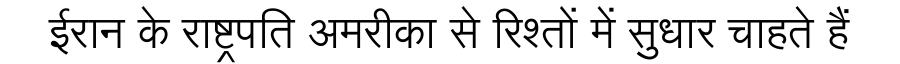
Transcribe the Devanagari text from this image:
ईरान के राष्ट्रपति अमरीका से रिश्तों में सुधार चाहते हैं